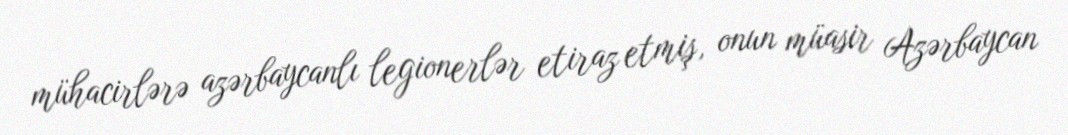
mühacirlərə azərbaycanlı legionerlər etiraz etmiş, onun müasir Azərbaycan